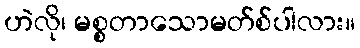
ဟဲလို၊ မစ္စတာသောမတ်စ်ပါလား။